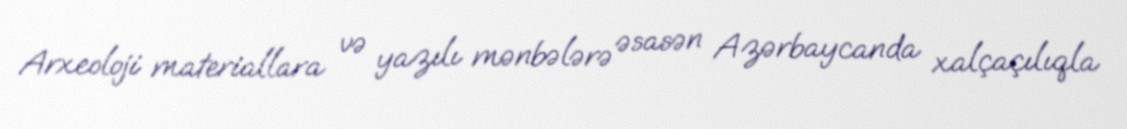
Arxeoloji materiallara və yazılı mənbələrə əsasən Azərbaycanda xalçaçılıqla